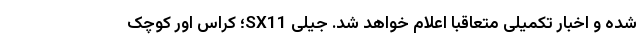
شده و اخبار تکمیلی متعاقبا اعلام خواهد شد. جیلی SX11؛ کراس اور کوچک